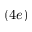
( 4 e )